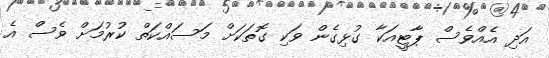
އަދި އެއްވެސް ޕާޓީއަކާ ގުޅިގެން ވަކި ގޮތަކަށް މަސައްކަތް ކުރުމަށް ވެސް އެ